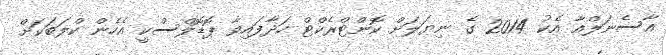
އާސެނަލްއާ އެކު 2014 ގެ ނިޔަލަށް ކޮންޓްރެކްޓް ހަދާފައިވާ ޕޮޑޮލްސްކީ އެހެން ކްލަބަކަށް